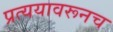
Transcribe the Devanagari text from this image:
प्रत्ययावरूनच